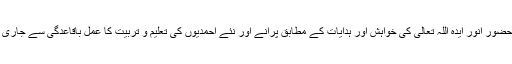
تا کہ حضور انور ایدہ اللہ تعالیٰ کی خواہش اور ہدایات کے مطابق پرانے اور نئے احمدیوں کی تعلیم و تربیت کا عمل باقاعدگی سے جاری رہے۔